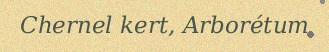
Chernel kert, Arborétum